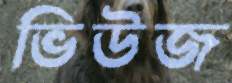
ভিউজ